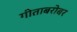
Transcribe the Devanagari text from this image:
गीताबरोबर